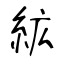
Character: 絋